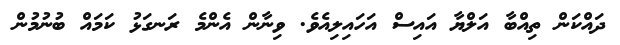
ދައްކަން ތިއްބާ އަލްޔާ އައިސް އަހައިލިއެވެ. ވިނާން އެންމެ ރަނގަޅު ކަމައް ބުނުމުން